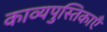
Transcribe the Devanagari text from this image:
काव्यपुस्तिकाएँ